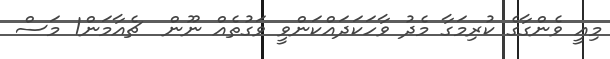
މިއީ ވެންގާގެ ކުރިމަގާ މެދު ވާހަކަދައްކަންވީ ވަގުތެއް ނޫން  ޗެއާމަން1 މަސް